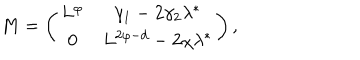
M = \left( \begin{array} { c c } { { L ^ { \varphi } } } & { { \gamma _ { 1 } - 2 \gamma _ { 2 } \lambda ^ { * } } } \\ { { 0 } } & { { L ^ { 2 \varphi - d } - 2 \chi \lambda ^ { * } } } \\ \end{array} \right) ,